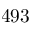
4 9 3